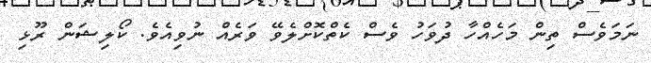
ނަމަވެސް ތިން މަހެއްހާ ދުވަހު ވެސް ކެތްކޮށްލެވޭ ވަރެއް ނުވިއެވެ. ކޯލިޝަން ރޫޅި